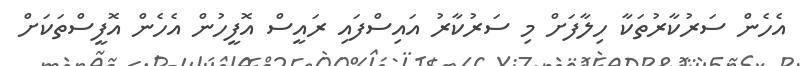
އެހެން ސަރުކާރުތަކާ ހިލާފަށް މި ސަރުކާރު އައިސްފައި ރައީސް އޮފީހުން އެހެން އޮފީސްތަކަށް